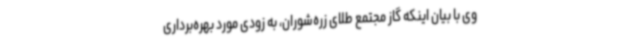
وی با بیان اینکه گاز مجتمع طلای زره‌شوران، به زودی مورد بهره‌برداری